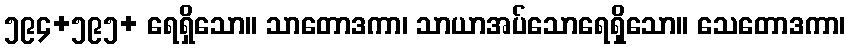
၅၉၄+၅၉၅+ ရေရှိသော။ သာတောဒကာ၊ သာယာအပ်သောရေရှိသော။ သေတောဒကာ၊